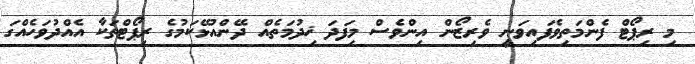
މި ރިޕޯޓް ފެންމަތިވެފައިވަނީ ވެރިޒޯން އިންވެސް މިފަދަ ޚިދުމަތެއް ދޭންއުޅޭކަމުގެ ރިޕޯޓްތަކާ އެއްދުވަހެއްގަ